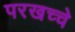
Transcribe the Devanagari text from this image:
परखच्चे